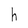
Character: h